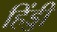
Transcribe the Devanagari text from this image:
हिंड्डी